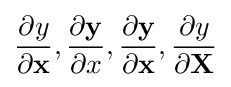
{\frac {\partial y}{\partial \mathbf {x} }},{\frac {\partial \mathbf {y} }{\partial x}},{\frac {\partial \mathbf {y} }{\partial \mathbf {x} }},{\frac {\partial y}{\partial \mathbf {X} }}